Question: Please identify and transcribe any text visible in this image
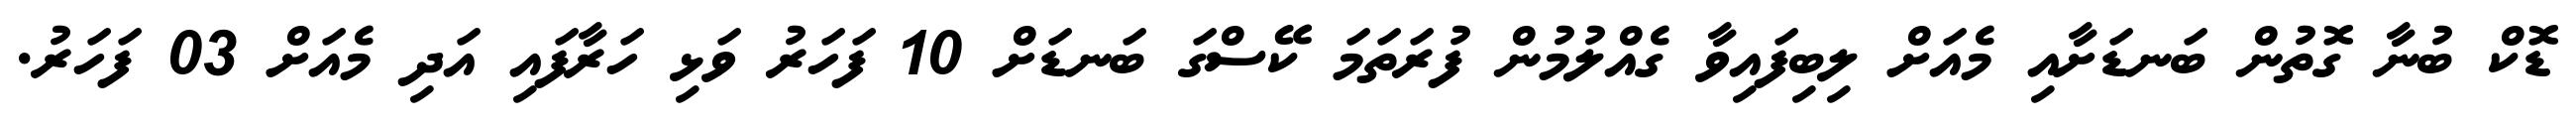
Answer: ޑޮކް ބުނާ ގޮތުން ބަނޑަށާއި މެއަށް ލިބިފައިވާ ގެއްލުމުން ފުރަތަމަ ކޭސްގަ ބަނޑަށް 10 ފަހަރު ވަޅި ހަރާފައި އަދި މެއަށް 03 ފަހަރު.